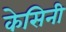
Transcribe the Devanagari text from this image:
केसिनी